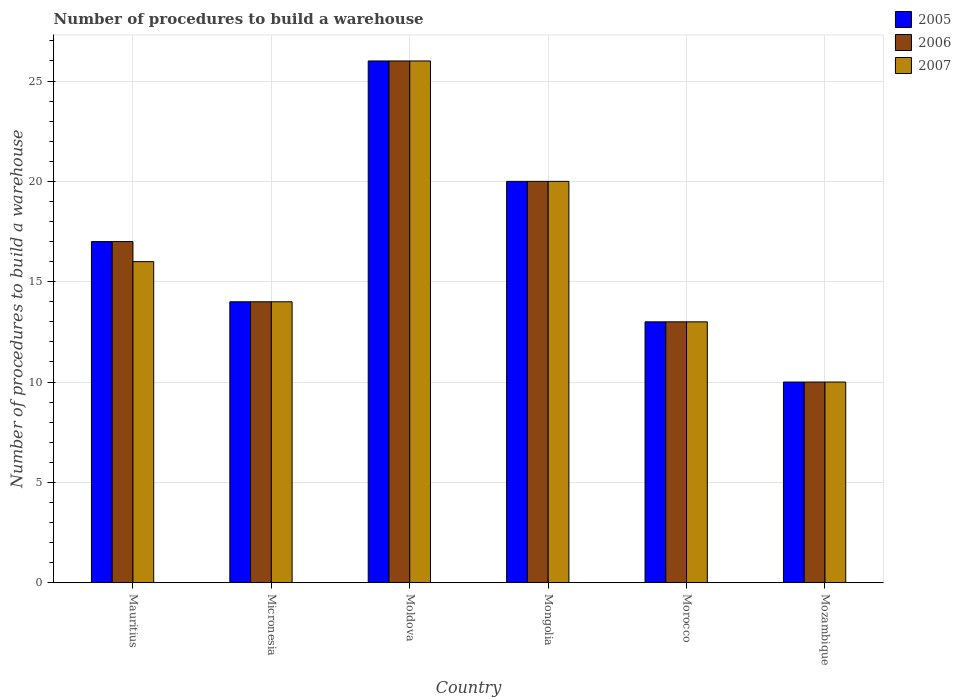
| Country | 2005 | 2006 | 2007 |
 | --- | --- | --- | --- |
 | Mauritius | 17 | 17 | 16 |
 | Micronesia | 14 | 14 | 14 |
 | Moldova | 26 | 26 | 26 |
 | Mongolia | 20 | 20 | 20 |
 | Morocco | 13 | 13 | 13 |
 | Mozambique | 10 | 10 | 10 |